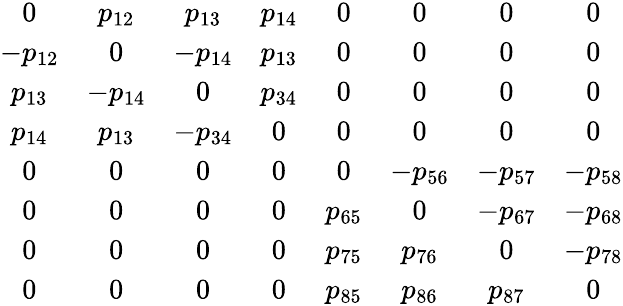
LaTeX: \begin{array}{cccccccc}{{0}}&{{p_{12}}}&{{p_{13}}}&{{p_{14}}}&{{0}}&{{0}}&{{0}}&{{0}}\\ {{-p_{12}}}&{{0}}&{{-p_{14}}}&{{p_{13}}}&{{0}}&{{0}}&{{0}}&{{0}}\\ {{p_{13}}}&{{-p_{14}}}&{{0}}&{{p_{34}}}&{{0}}&{{0}}&{{0}}&{{0}}\\ {{p_{14}}}&{{p_{13}}}&{{-p_{34}}}&{{0}}&{{0}}&{{0}}&{{0}}&{{0}}\\ {{0}}&{{0}}&{{0}}&{{0}}&{{0}}&{{-p_{56}}}&{{-p_{57}}}&{{-p_{58}}}\\ {{0}}&{{0}}&{{0}}&{{0}}&{{p_{65}}}&{{0}}&{{-p_{67}}}&{{-p_{68}}}\\ {{0}}&{{0}}&{{0}}&{{0}}&{{p_{75}}}&{{p_{76}}}&{{0}}&{{-p_{78}}}\\ {{0}}&{{0}}&{{0}}&{{0}}&{{p_{85}}}&{{p_{86}}}&{{p_{87}}}&{{0}}\end{array}